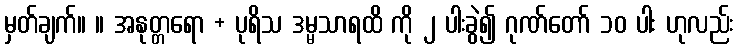
မှတ်ချက်။ ။ အနုတ္တရော + ပုရိသ ဒမ္မသာရထိ ကို ၂ ပါးခွဲ၍ ဂုဏ်တော် ၁၀ ပါး ဟုလည်း